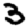
Digit: 3